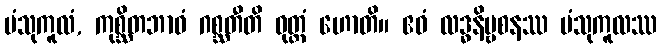
ပံသုကူလံ, ကုစ္ဆိတဘာဝံ ဂစ္ဆတီတိ ဝုတ္တံ ဟောတိ။ ဧဝံ လဒ္ဓနိဗ္ဗစနဿ ပံသုကူလဿ